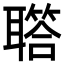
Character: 𦗧